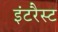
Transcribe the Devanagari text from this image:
इंटरैस्ट